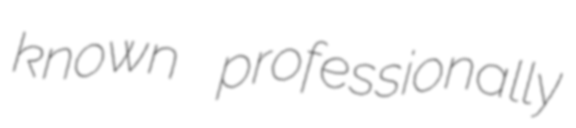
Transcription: known professionally